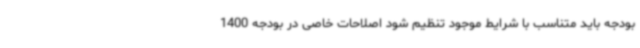
بودجه باید متناسب با شرایط موجود تنظیم شود اصلاحات خاصی در بودجه 1400